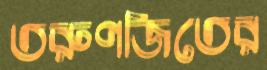
তরুণজিতের